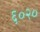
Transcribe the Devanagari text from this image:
६०२०